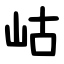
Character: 岵